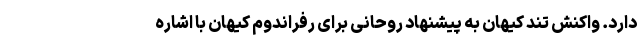
دارد. واکنش تند کیهان به پیشنهاد روحانی برای رفراندوم کیهان با اشاره